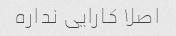
اصلا کارایی نداره